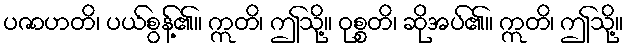
ပဇာဟတိ၊ ပယ်စွန့်၏။ ဣတိ၊ ဤသို့။ ဝုစ္စတိ၊ ဆိုအပ်၏။ ဣတိ၊ ဤသို့။